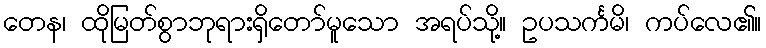
တေန၊ ထိုမြတ်စွာဘုရားရှိတော်မူသော အရပ်သို့။ ဥပသင်္ကမိ၊ ကပ်လေ၏။